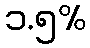
၁.၅%